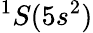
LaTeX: ^1S(5s^{2})